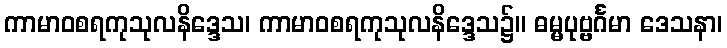
ကာမာဝစရကုသုလနိဒ္ဒေသ၊ ကာမာဝစရကုသုလနိဒ္ဒေသ၌။ ဓမ္မပုဗ္ဗင်္ဂမာ ဒေသနာ၊